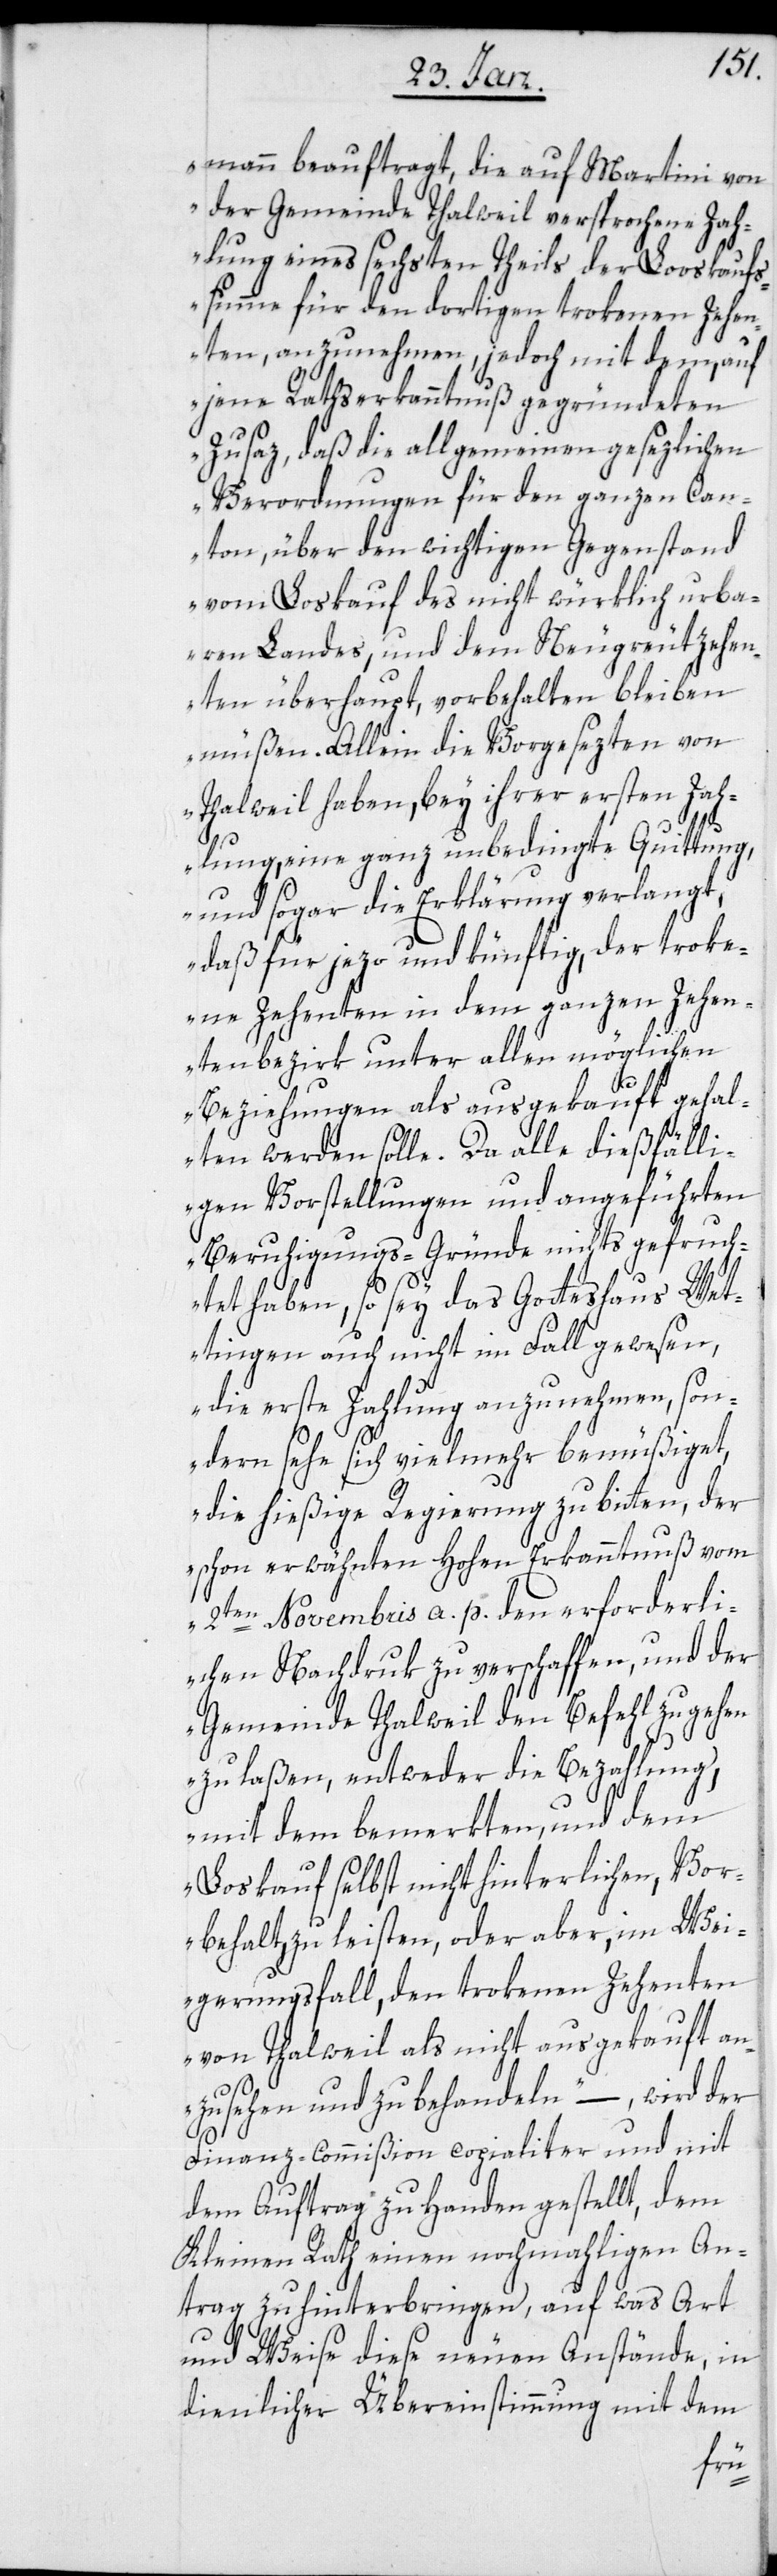
mann beauftragt, die auf Martini von
der Gemeinde Thalweil versprochene Zah¬
lung eines sechsten Theils der Looskaufs¬
summe für den dortigen trokenen Zehen¬
ten, anzunehmen, jedoch mit dem, auf
jene Rathserkanntnuß gegründeten
Zusaz, daß die allgemeinen gesezlichen
Verordnungen für den ganzen Can¬
ton, über den wichtigen Gegenstand
vom Loskauf des nicht würklich urba¬
ren Landes, und dem Neugreutzehen¬
ten überhaupt, vorbehalten bleiben
müßen. Allein die Vorgesezten von
Thalweil haben, bey ihrer ersten Zah¬
lung, eine ganz unbedingte Quittung,
und sogar die Erklärung verlangt,
daß für jezo und künftig, der troke¬
ne Zehenten in dem ganzen Zehen¬
tenbezirk unter allen möglichen
Beziehungen als ausgekauft gehal¬
ten werden solle. Da alle dießfälli¬
gen Vorstellungen und angeführten
Beruhigungs-Gründe nichts gefruch¬
tet haben, so sey das Gotteshaus Wet¬
tingen auch nicht im Fall gewesen,
die erste Zahlung anzunehmen, son¬
dern sehe sich vielmehr bemüßiget,
die hießige Regierung zu bitten, der
schon erwähnten hohen Erkanntnuß vom
2ten Novembris a. p. den erforderli¬
chen Nachdruk zu verschaffen, und der
Gemeinde Thalweil den Befehl zugehen
zu laßen, entweder die Bezahlung,
mit dem bemerkten, und dem
Loskauf selbst nicht hinterlichen, Vor¬
behalt zu leisten, oder aber, im Wei¬
gerungsfall, den trokenen Zehenten
von Thalweil als nicht ausgekauft an¬
zusehen und zu behandeln“, – wird der
Finanz-Commißion copialiter und mit
dem Auftrag zu Handen gestellt, dem
Kleinen Rath einen nochmahligen An¬
trag zu hinterbringen, auf was Art
und Weise diese neuen Anstände, in
dienlicher Übereinstimmung mit dem